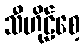
သီဟိုဠ်စေ့